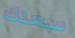
سعدك